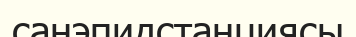
санэпидстанциясы